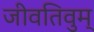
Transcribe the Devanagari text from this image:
जीवतिवुम्